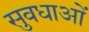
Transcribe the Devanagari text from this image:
सुवधाओं